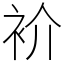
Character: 衸